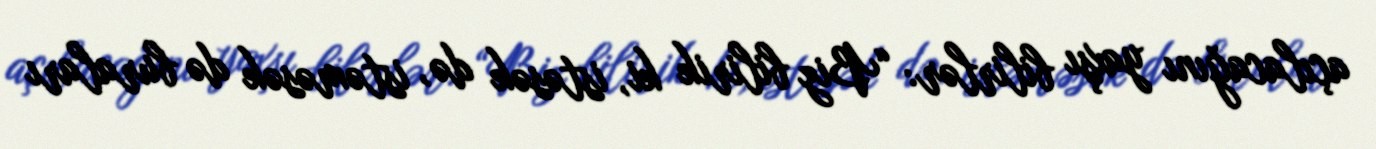
açılacağını yaxşı bilirlər: “Biz bilirik ki, istəsək də, istəməsək də buraları